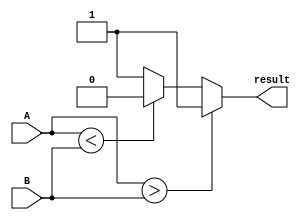
module Comparator(
    input [7:0] A,
    input [7:0] B,
    output reg result
);

always @(*)
begin
    if(A > B)
        result = 1;
    else if(A < B)
        result = 0;
    else
        result = 2'b01; // If A is equal to B
end

endmodule